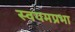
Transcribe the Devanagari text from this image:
स्वयमप्रभा